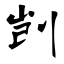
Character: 剀